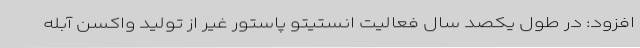
افزود: در طول یکصد سال فعالیت انستیتو پاستور غیر از تولید واکسن آبله